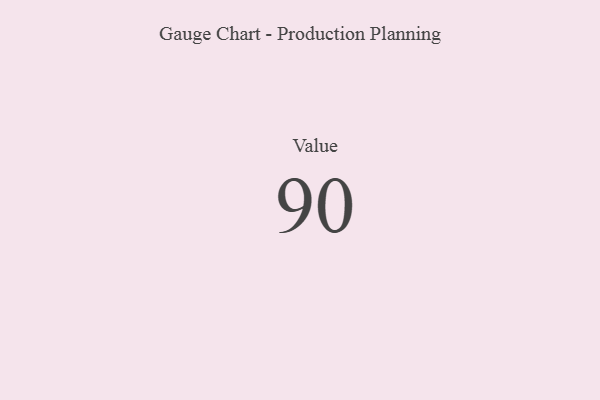
{"axis": {"x": "Metric", "y": "Value"}, "legend": [""], "data": [{"x": "Value", "y": 90, "type": ""}]}